Report of an investigation of the epidemic of malarial fever in Assam, or, kala-azar
Disease focus: Malaria
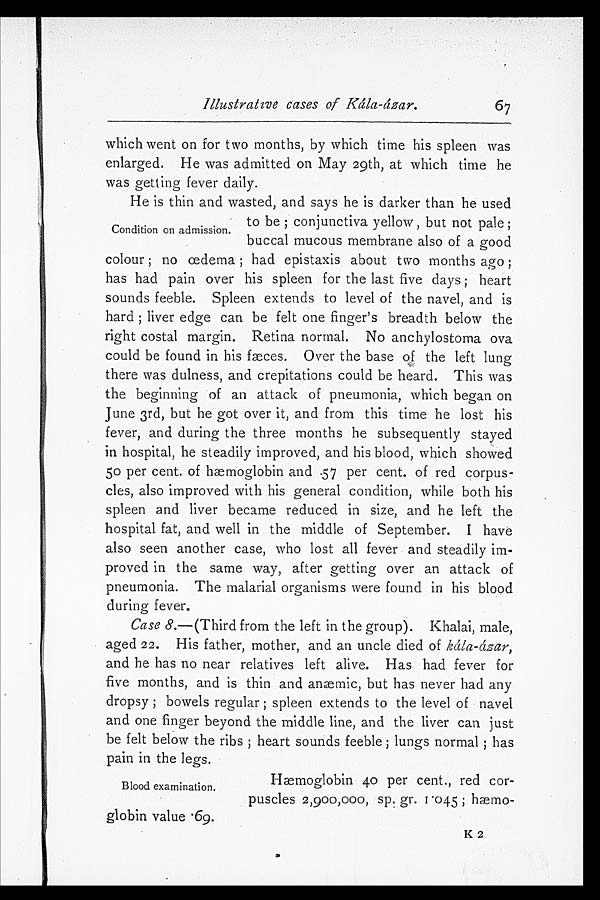
Illustrative cases of Kála-ázar.
67
which went on for two months, by which time his spleen was
enlarged. He was admitted on May 29th, at which time he
was getting fever daily.
He is thin and wasted, and says he is darker than he used
to be; conjunctiva yellow, but not pale;
buccal mucous membrane also of a good
colour; no œdema; had epistaxis about two months ago;
has had pain over his spleen for the last five days; heart
sounds feeble. Spleen extends to level of the navel, and is
hard; liver edge can be felt one finger's breadth below the
right costal margin. Retina normal. No anchylostoma ova
could be found in his fæces. Over the base of the left lung
there was dulness, and crepitations could be heard. This was
the beginning of an attack of pneumonia, which began on
June 3rd, but he got over it, and from this time he lost his
fever, and during the three months he subsequently stayed
in hospital, he steadily improved, and his blood, which showed
5o per cent. of hæmoglobin and .57 per cent. of red corpus-
cles, also improved with his general condition, while both his
spleen and liver became reduced in size, and he left the
hospital fat, and well in the middle of September. I have
also seen another case, who lost all fever and steadily im-
proved in the same way, after getting over an attack of
pneumonia. The malarial organisms were found in his blood
during fever.
Case 8. —(Third from the left in the group). Khalai, male,
aged 22. His father, mother, and an uncle died of kála-ázar,
and he has no near relatives left alive. Has had fever for
five months, and is thin and anæmic, but has never had any
dropsy; bowels regular; spleen extends to the level of navel
and one finger beyond the middle line, and the liver can just
be felt below the ribs; heart sounds feeble; lungs normal; has
pain in the legs.
Condition on admission.
Hæmoglobin 40 per cent., red cor
-puscles 2,900,000, sp. gr. 1.045; hæmo
- globin value .69.
K 2
Blood examination.